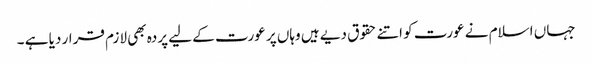
جہاں اسلام نے عورت کو اتنے حقوق دیے ہیں وہاں پر عورت کے لیے پردہ بھی لازم قرار دیا ہے ۔